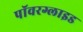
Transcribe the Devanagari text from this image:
पॉवरग्लाइड